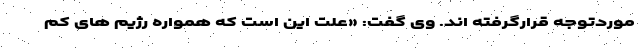
موردتوجه قرارگرفته اند. وی گفت: «علت این است که همواره رژیم های کم